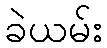
ခဲယမ်း